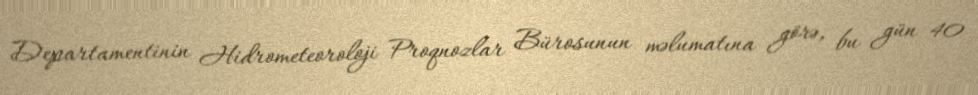
Departamentinin Hidrometeoroloji Proqnozlar Bürosunun məlumatına görə, bu gün 40